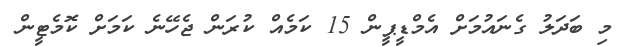
މި ބަދަލު ގެނައުމަށް އެމްޑީޕީން 15 ކަމެއް ކުރަން ޖެހޭނެ ކަމަށް ކޮމެޓީން